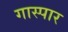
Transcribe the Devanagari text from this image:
गास्पार